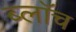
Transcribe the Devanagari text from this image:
ब्लाॅच